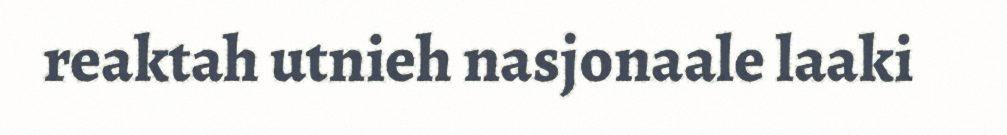
reaktah utnieh nasjonaale laaki